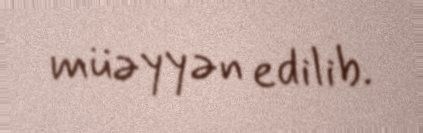
müəyyən edilib.